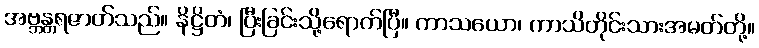
အဗ္ဘန္တရဇာတ်သည်။ နိဋ္ဌိတံ၊ ပြီးခြင်းသို့ရောက်ပြီ။ ကာသယော၊ ကာသိတိုင်းသားအမတ်တို့။